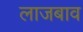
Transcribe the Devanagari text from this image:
लाजबाव